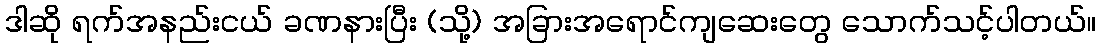
ဒါဆို ရက်အနည်းငယ် ခဏနားပြီး (သို့) အခြားအရောင်ကျဆေးတွေ သောက်သင့်ပါတယ်။